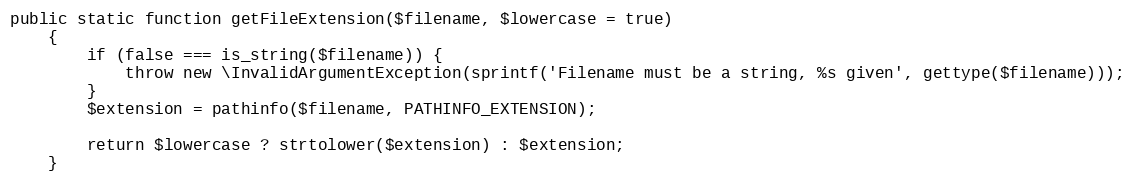
Language: PHP
public static function getFileExtension($filename, $lowercase = true)
    {
        if (false === is_string($filename)) {
            throw new \InvalidArgumentException(sprintf('Filename must be a string, %s given', gettype($filename)));
        }
        $extension = pathinfo($filename, PATHINFO_EXTENSION);

        return $lowercase ? strtolower($extension) : $extension;
    }